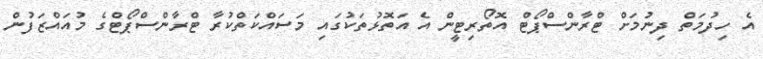
އެ ހިދުމަތް ދިނުމަށް ޓްރާންސްޕޯޓް އޮތޯރިޓީން އެ އަތޮޅުތަކުގައި މަސައްކަތްކުރާ ޓްރާންސްޕޯޓްގެ މުއައްޒަފުން